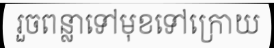
រួចពន្លាទៅមុខទៅក្រោយ